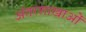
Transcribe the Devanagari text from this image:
अंतरशाखाओं